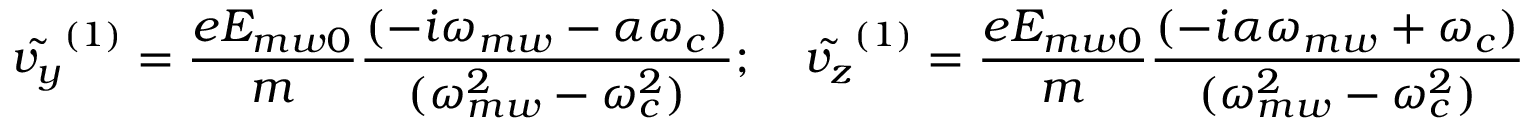
\tilde { v _ { y } } ^ { ( 1 ) } = \frac { e E _ { m w 0 } } { m } \frac { ( - i \omega _ { m w } - \alpha \omega _ { c } ) } { ( \omega _ { m w } ^ { 2 } - \omega _ { c } ^ { 2 } ) } ; \quad \tilde { v _ { z } } ^ { ( 1 ) } = \frac { e E _ { m w 0 } } { m } \frac { ( - i \alpha \omega _ { m w } + \omega _ { c } ) } { ( \omega _ { m w } ^ { 2 } - \omega _ { c } ^ { 2 } ) }